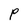
Character: P